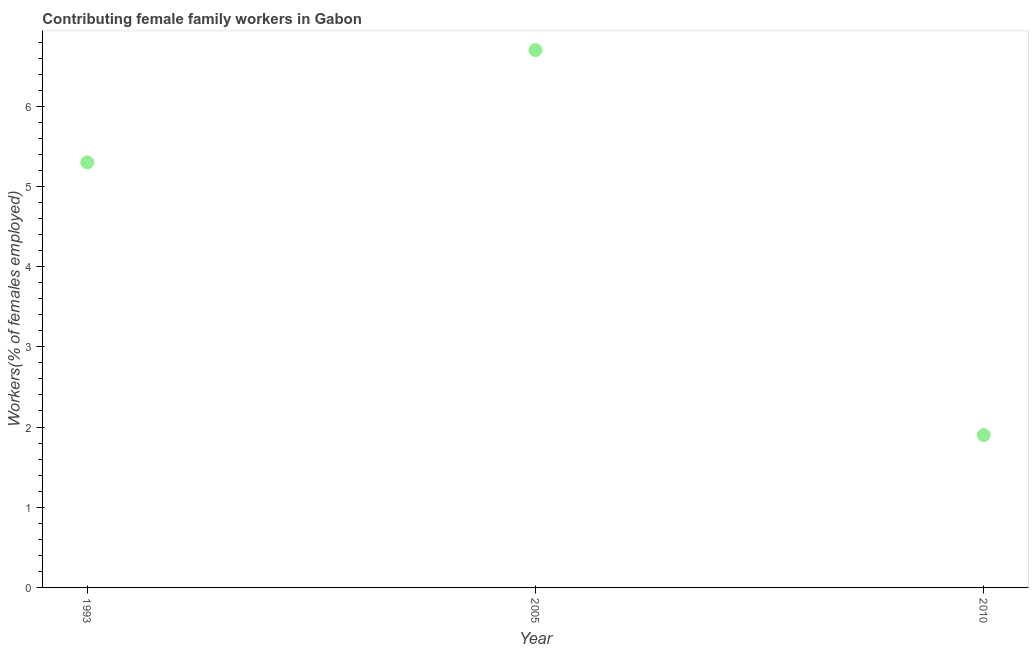
| Year | Contributing family workers |
 | --- | --- |
 | 1993 | 5.3 |
 | 2005 | 6.7 |
 | 2010 | 1.9 |